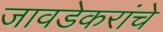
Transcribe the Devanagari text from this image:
जावडेकरांचे